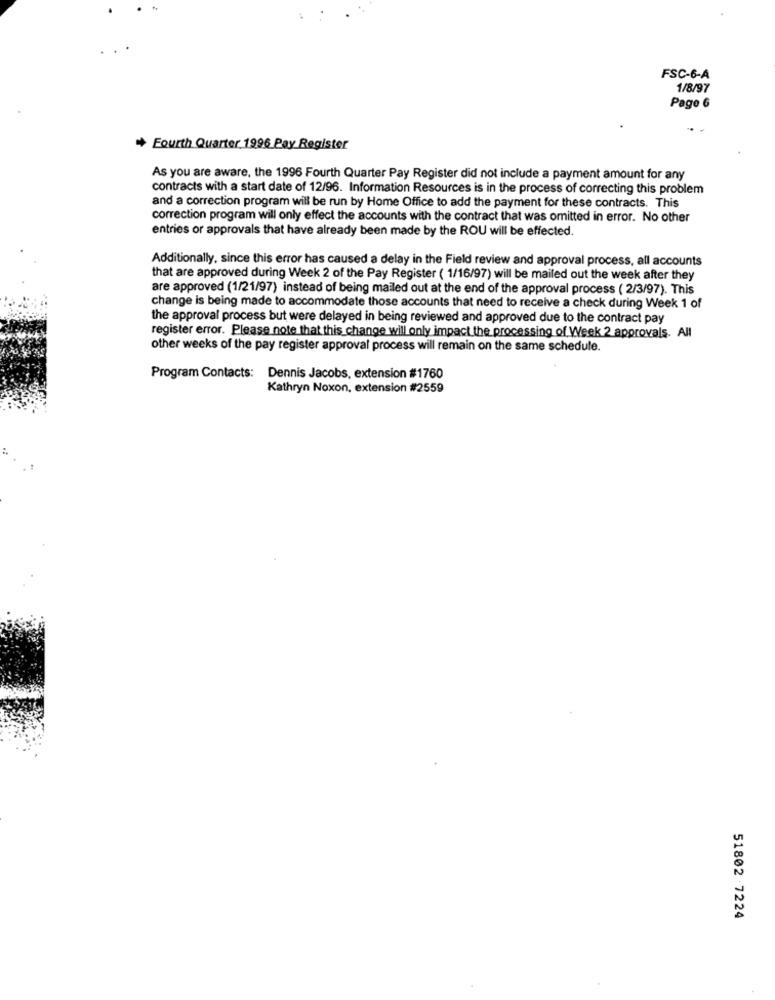
FSC-6-A
1/8/97
Pago 6
+ Fourth Quarter.1996 Pay Register
As you are aware, the 1996 Fourth Quarter Pay Register did not include a payment amount for any
contracts with a start date of 12/96. Information Resources is in the process of correcting this problem
and a correction program will be run by Home Office to add the payment for these contracts. This
correction program will only effect the accounts with the contract that was omitted in error. No other
entries or approvals that have already been made by the ROU will be effected.
Additionally, since this error has caused a delay in the Field review and approval process, all accounts
that are approved during Week 2 of the Pay Register ( 1/16/97) will be mailed out the week after they
are approved (1/21/97) instead of being mailed out at the end of the approval process ( 2/3/97). This
change is being made to accommodate those accounts that need to receive a check during Week 1 of
the approval process but were delayed in being reviewed and approved due to the contract pay
register error. Please note that this change will only impact the processing of Week 2 approvals. All
other weeks of the pay register approval process will remain on the same schedule.
Program Contacts: Dennis Jacobs, extension #1760
Kathryn Noxon, extension #2559
51802 7224